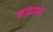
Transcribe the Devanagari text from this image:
कफ़रून